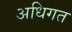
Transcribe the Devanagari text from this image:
अधिगत